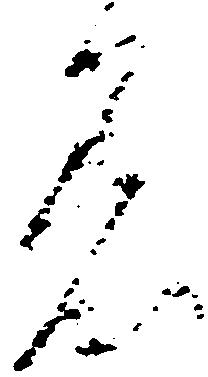
着